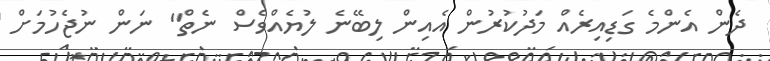
ދެން އެންމެ ގަޑިއިރެއް މަދުކުރުން އެއިން ލިބޭނެ ލުޔެއްވެސް ނެތް" ނަން ނުޖެހުމަށް